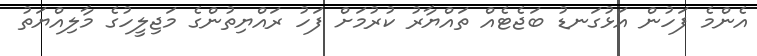
އެންމެ ފަހުން އަޅުގަނޑު ބަޖެޓެއް ތައްޔާރު ކުރުމަށް ފަހު ރައްޔިތުންގެ މަޖިލީހުގެ މާލިއްޔަތު